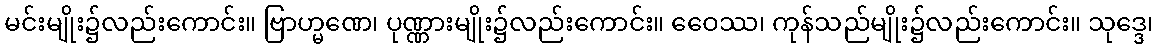
မင်းမျိုး၌လည်းကောင်း။ ဗြာဟ္မဏေ၊ ပုဏ္ဏားမျိုး၌လည်းကောင်း။ ဝေေဿ၊ ကုန်သည်မျိုး၌လည်းကောင်း။ သုဒ္ဒေ၊